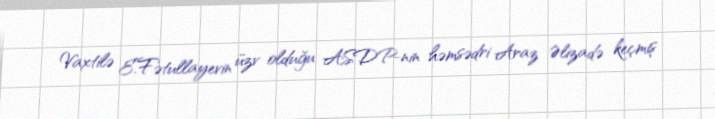
Vaxtilə E.Fətullayevin üzv olduğu ASDP-nin həmsədri Araz Əlizadə keçmiş